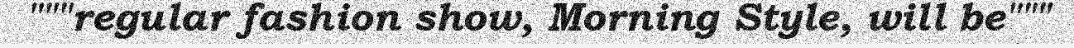
"""regular fashion show, Morning Style, will be"""